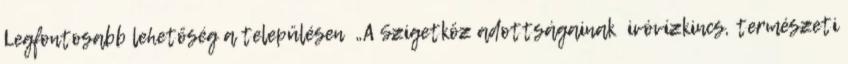
Legfontosabb lehetőség a településen ▪„A Szigetköz adottságainak ivóvízkincs, természeti